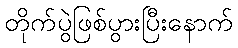
တိုက်ပွဲဖြစ်ပွားပြီးနောက်